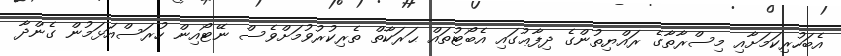
އެބަހުރިކަމަށާއި މިސްރާތާގެ ރައްޔިތުންގެ ދިފާޢުގައި އެބޯޓުތައް ޙަރަކާތް ތެރިކުރުވުމަށްވެސް ނޭޓޯއިން ހުރަސްއަޅަމުން ގެންދާ